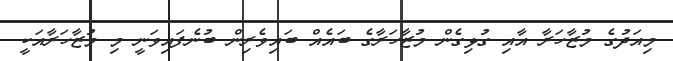
މިއަދުގެ މުޒާހަރާ އާއި ގުޅިގެން މުޒާހަރާގެ ބައެއް ބައިވެރިން ބުނެފައިވަނީ މި މުޒާހަރާއަކީ